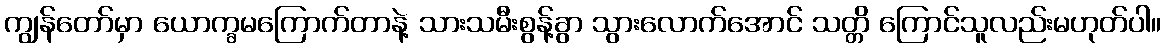
ကျွန်တော်မှာ ယောက္ခမကြောက်တာနဲ့ သားသမီးစွန့်ခွာ သွားလောက်အောင် သတ္တိ ကြောင်သူလည်းမဟုတ်ပါ။